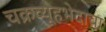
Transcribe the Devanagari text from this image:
चक्रव्यूहभेदाचा